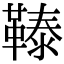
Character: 𩌉